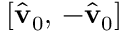
[ \hat { \mathbf { v } } _ { 0 } , \, - \hat { \mathbf { v } } _ { 0 } ]